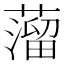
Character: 𦽾